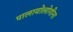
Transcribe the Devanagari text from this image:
पालायोलोगीना